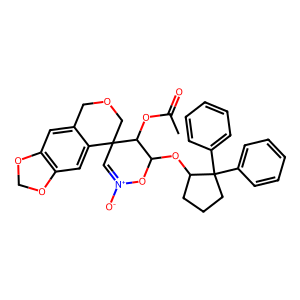
SMILES: CC(=O)OC1C(OC2CCCC2(c2ccccc2)c2ccccc2)O[N+]([O-])=CC12COCc1cc3c(cc12)OCO3
Inhibits HIV replication: No